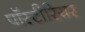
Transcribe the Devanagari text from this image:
पॉस्टीरियर